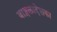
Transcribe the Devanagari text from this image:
बाङ्गलादेशका